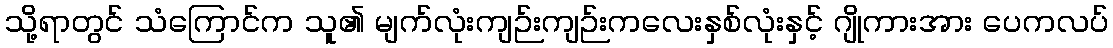
သို့ရာတွင် သံကြောင်က သူ၏ မျက်လုံးကျဉ်းကျဉ်းကလေးနှစ်လုံးနှင့် ဂျိုကားအား ပေကလပ်